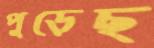
পুড়েছ